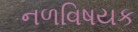
નળવિષયક